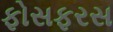
ફોસફરસ